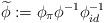
LaTeX: \begin{align*}\widetilde{\phi} :=\phi_{\pi}\phi^{-1}\phi_{id}^{-1}\end{align*}